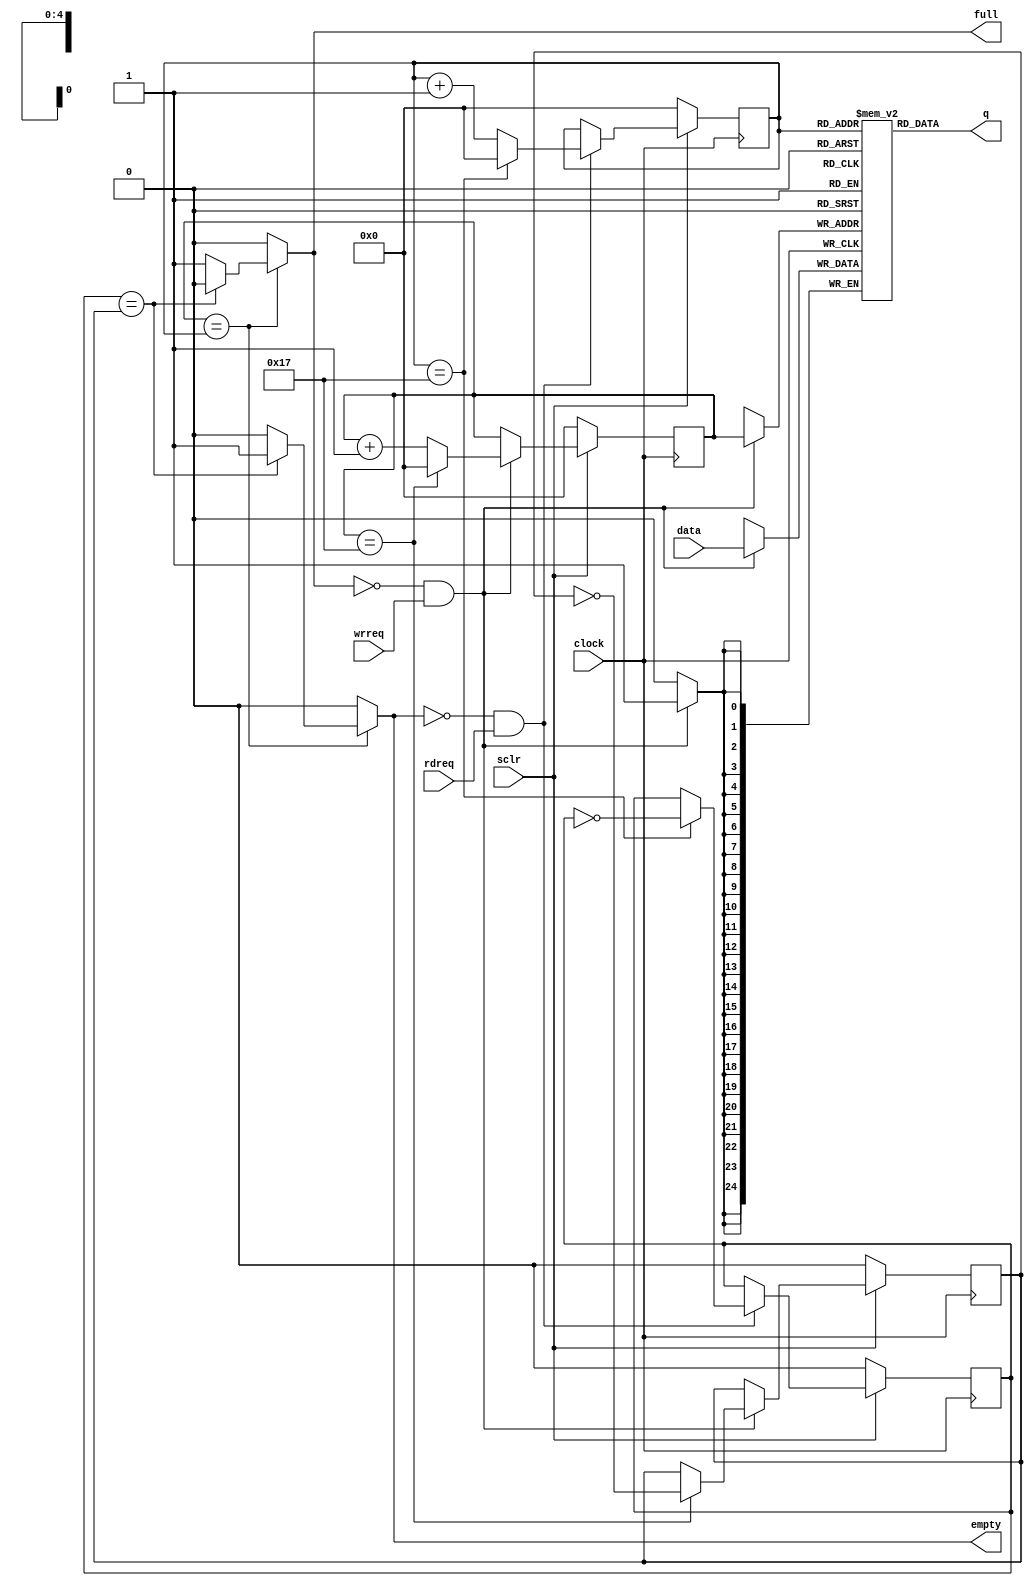


//it is just a normal FIFO
module FIFO_SPI
	#( parameter FIFO_Depth = 24 )
(
    input clock,
    input sclr,

    input rdreq, wrreq,
    output reg full, empty,

    input [24 : 0] data,
    output [24 : 0] q

);

reg [24 : 0] mem [FIFO_Depth-1 : 0];
reg [4 : 0] wp, rp;
reg w_flag, r_flag;

initial
begin
wp=0;
w_flag=0;
rp=0;
r_flag=0;
end


always @(posedge clock) begin
    if (~sclr) begin
        wp <= 0;
        w_flag <= 0;
    end else if(!full && wrreq) begin 
        wp<= (wp==FIFO_Depth-1) ? 0 : wp+1;
        w_flag <= (wp==FIFO_Depth-1) ? ~w_flag : w_flag;
    end
end

always @(posedge clock) begin
    if(wrreq && !full)begin
        mem[wp] <= data;
    end
end

always @(posedge clock) begin
    if (~sclr) begin
        rp<=0;
        r_flag <= 0;
    end else if(!empty && rdreq) begin 
        rp<= (rp==FIFO_Depth-1) ? 0 : rp+1;
        r_flag <= (rp==FIFO_Depth-1) ? ~r_flag : r_flag;
    end
end

assign q = mem[rp];

always @(*) begin
    if(wp==rp)begin
        if(r_flag==w_flag)begin
            full <= 0;
            empty <= 1;
        end else begin
            full <= 1;
            empty <= 0;
        end
    end else begin
        full <= 0;
        empty <= 0;
    end
end



endmodule